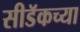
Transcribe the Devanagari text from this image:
सीडॅकच्या